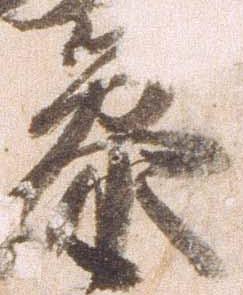
参